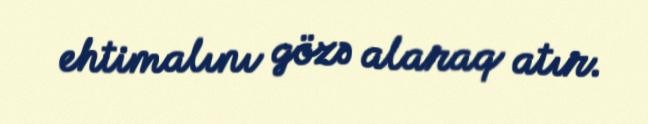
ehtimalını gözə alaraq atır.